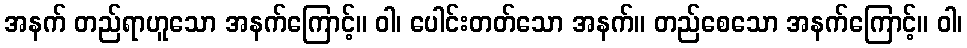
အနက် တည်ရာဟူသော အနက်ကြောင့်။ ဝါ၊ ပေါင်းတတ်သော အနက်။ တည်စေသော အနက်ကြောင့်။ ဝါ၊